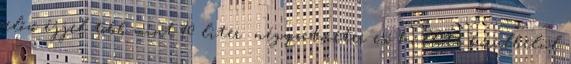
előző éjjel több mint 70 liter négyzetméter eső hullott körülbelül